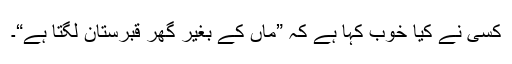
کسی نے کیا خوب کہا ہے کہ ”ماں کے بغیر گھر قبرستان لگتا ہے“۔